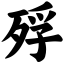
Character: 殍